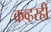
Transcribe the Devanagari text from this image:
कव्हरही